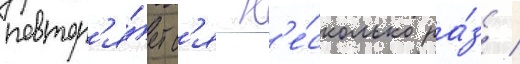
повтор'я́етс'я н'е́сколько ра́з /